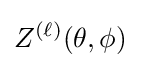
Z^{(\ell )}(\theta ,\phi )